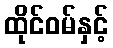
ထိုင်ဝမ်နှင့်